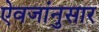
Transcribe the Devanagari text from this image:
ऐवजांनुसार